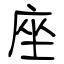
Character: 座